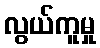
လွယ်ကူမှု